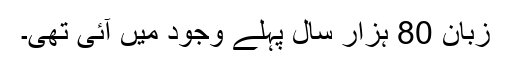
زبان 80 ہزار سال پہلے وجود میں آئی تھی۔